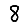
Digit: 8